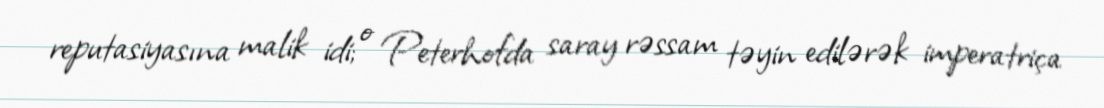
reputasiyasına malik idi; o Peterhofda saray rəssam təyin edilərək imperatriça